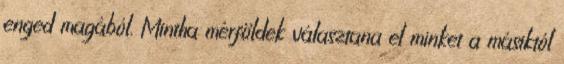
enged magából. Mintha mérföldek választana el minket a másiktól